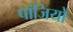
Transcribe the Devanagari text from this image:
पांजियों